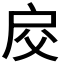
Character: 𢨰